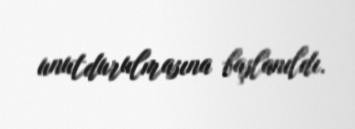
unutdurulmasına başlanıldı.